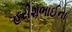
હરીશભાઈના